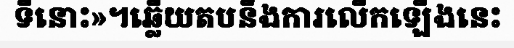
ទីនោះ»។ឆ្លើយតបនឹងការលើកឡើងនេះ